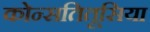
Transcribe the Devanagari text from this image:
कोन्सतितूसिया